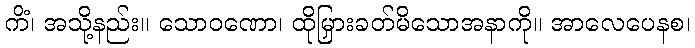
ကိံ၊ အသို့နည်း။ သောဝဏော၊ ထိုမြှားခတ်မိသောအနာကို။ အာလေပေနစ၊